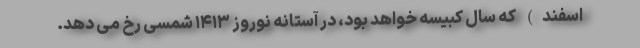
اسفند) که سال کبیسه خواهد بود، در آستانه نوروز ۱۴۱۳ شمسی رخ می دهد.